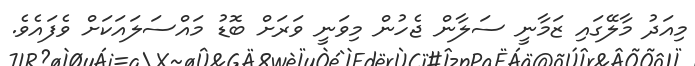
މިއަދު މާލޭގައި ޒަމާނީ ސަލާން ޖެހުން މިވަނީ ވަރަށް ބޮޑު މައްސަލައަކަށް ވެފައެވެ.